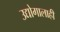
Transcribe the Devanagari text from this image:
उद्योगालाही